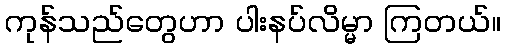
ကုန်သည်တွေဟာ ပါးနပ်လိမ္မာ ကြတယ်။